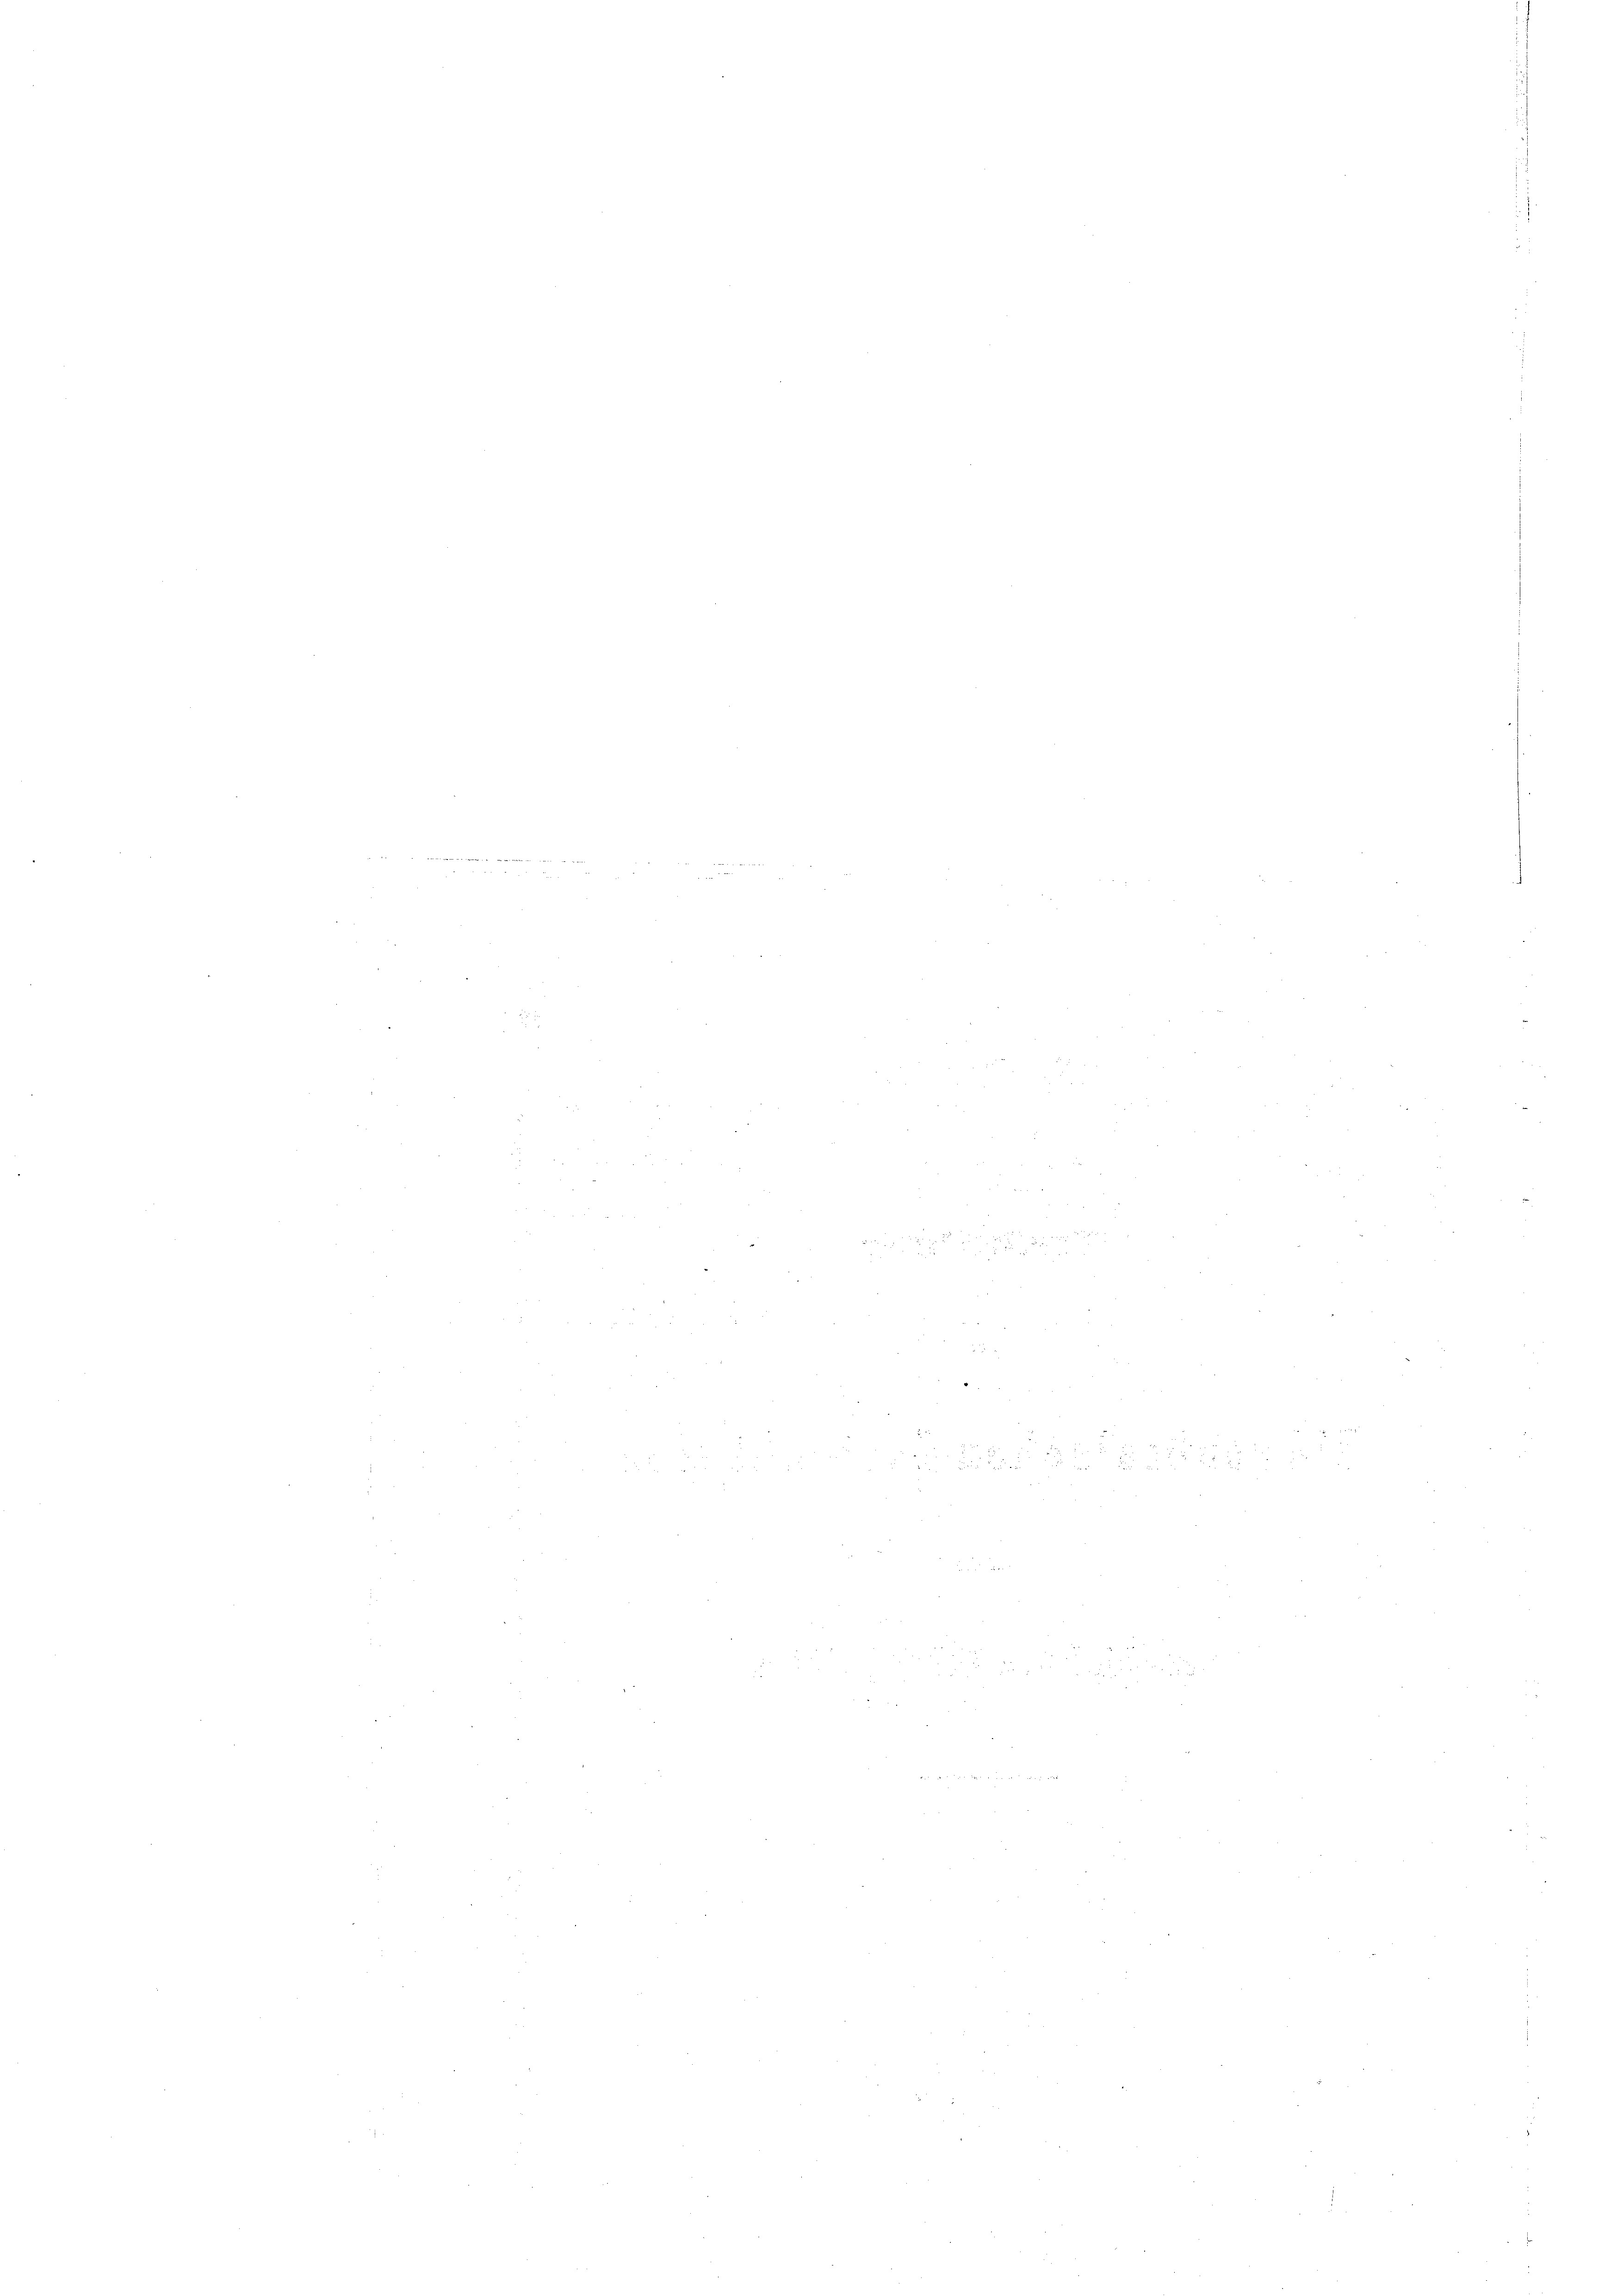
e

e
u

¬
d
e

e
i
.r. Wille aber
n

 Deter erstens de
e
e
2

.
e
n
e
¬
2
2.
e
e
n
12
e
e
e
u
.
e
20 f 25 " "
e
e
 22
¬
u
e
e
e
n
e
3
n
22 n 155. 1
e
e
n
n
e
e
.
e
u
e
e
e

2
.
d
e
d

.
.
¬
.
n
e
u
e
e
¬
e
e
e
e
e
2
¬

e
e
e

2
d
e
e
d
e
8
n
.
¬
¬
.
.
d
.
e
e
e
n
e
n
.
e
e
n
.
d
.
¬
e
¬
e

2
e
¬
.
e
e

.

e
1
e
s
5 x
.
e
e
n
e
e
e
e
n
e
n
¬

n
e

d
e

e
 2
.
.

22
r

n
n

e
e
2 x
e
 et den den in den
n
“
228
d
r
25
e
e
¬
e
2
e
.

e

e
.

e
d

e
d

c
u
1
u

e

.

2